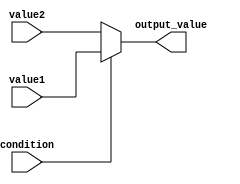
module ConditionalOperatorAssignment (
    input wire condition,   // Input condition (boolean expression)
    input wire [7:0] value1, // First value (8-bit)
    input wire [7:0] value2, // Second value (8-bit)
    output reg [7:0] output_value // Output assigned value (8-bit)
);

// Always block for combinational logic
always @(*) begin
    // Conditional operator assignment
    output_value = (condition) ? value1 : value2;
end

endmodule